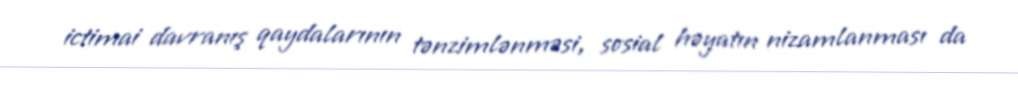
ictimai davranış qaydalarının tənzimlənməsi, sosial həyatın nizamlanması da